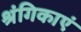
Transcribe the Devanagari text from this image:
श्रंगिकाएं